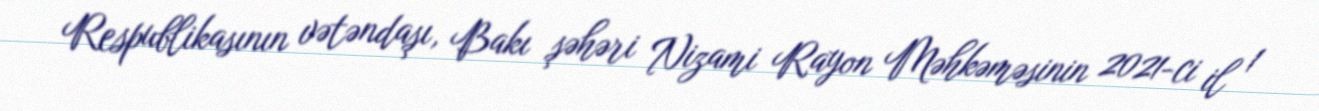
Respublikasının vətəndaşı, Bakı şəhəri Nizami Rayon Məhkəməsinin 2021-ci il 1